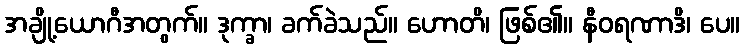
အချို့ယောဂီအတွက်။ ဒုက္ခာ၊ ခက်ခဲသည်။ ဟောတိ၊ ဖြစ်၏။ နီဝရဏာဒိ၊ ပေ။